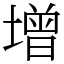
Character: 增